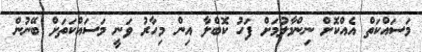
މަސައްކަތް އެއްކޮށް ނިންމާލުމަށް ފަހު ކޮބްލާ އިން މިހާރު ވަނީ މަސައްކަތަށް ބޭނުން